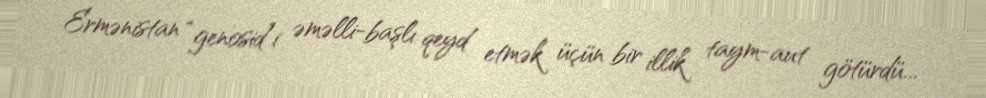
Ermənistan “genosid”i əməlli-başlı qeyd etmək üçün bir illik taym-aut götürdü...